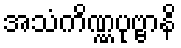
အသံကိဏ္ဏပုဗ္ဗာနိ